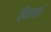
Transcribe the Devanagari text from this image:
हिवारई